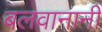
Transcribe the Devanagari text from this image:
बलवानानी